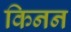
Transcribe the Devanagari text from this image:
किनन